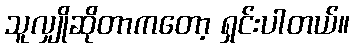
သူလျှိုဆိုတာကတော့ ရှင်းပါတယ်။